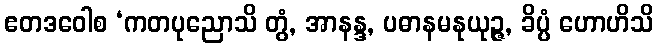
ဧတဒဝေါစ ‘ကတပုညောသိ တွံ, အာနန္ဒ, ပဓာနမနုယုဉ္ဇ, ခိပ္ပံ ဟောဟိသိ